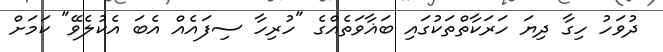
ދުވަހު ހިގާ ދިޔަ ހަރަކާތްތަކުގައި ބަޣާވަތެއްގެ "ހުރިހާ ސިފައެއް އެބަ އެކުލެވޭ" ކަމަށް